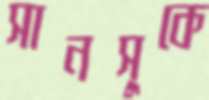
সানসুকে